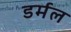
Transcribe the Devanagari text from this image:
डर्मल